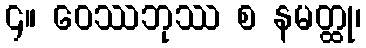
၄။ ဝေဿဘုဿ စ နမတ္ထု၊